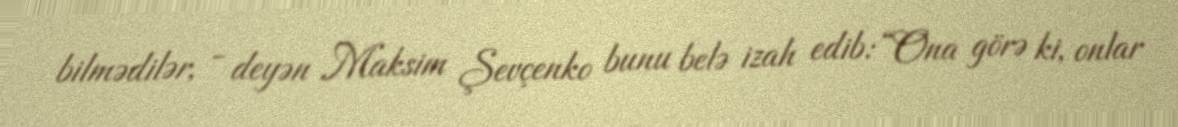
bilmədilər, - deyən Maksim Şevçenko bunu belə izah edib: “Ona görə ki, onlar